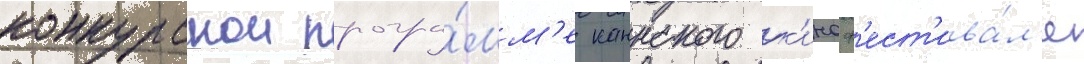
конкурснои програ́мм'е каннского к'иноф'ест'ива́л'я